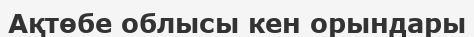
Ақтөбе облысы кен орындары